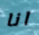
انا